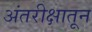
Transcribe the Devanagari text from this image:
अंतरीक्षातून